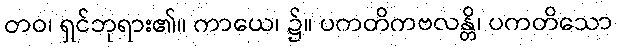
တဝ၊ ရှင်ဘုရား၏။ ကာယေ၊ ၌။ ပကတိကဗလန္တိ၊ ပကတိသော